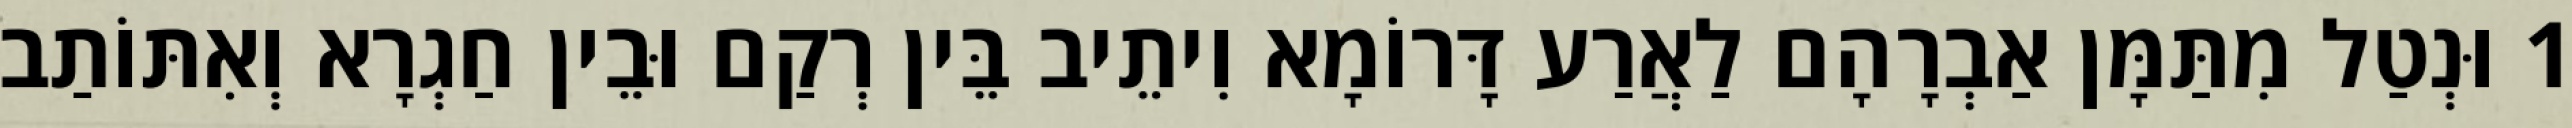
1 וּנְטַל מִתַּמָּן אַבְרָהָם לַאֲרַע דָּרוֹמָא וִיתֵיב בֵּין רְקַם וּבֵין חַגְרָא וְאִתּוֹתַב